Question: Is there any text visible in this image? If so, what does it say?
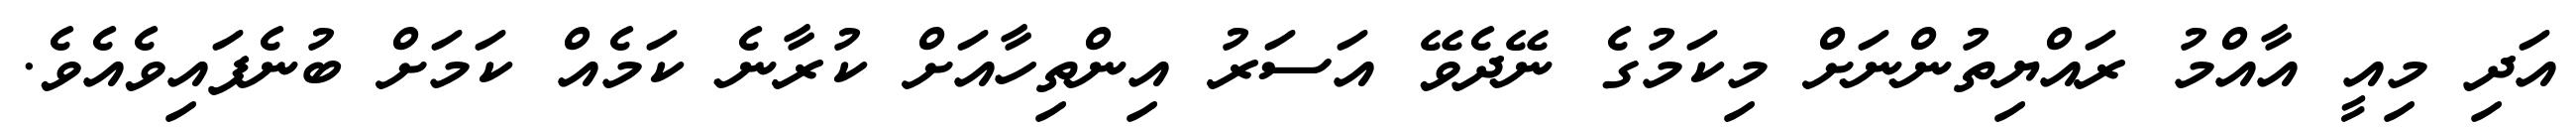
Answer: އަދި މިއީ އާއްމު ރައްޔިތުންނަށް މިކަމުގެ ނޭދެވޭ އަސަރު އިންތިހާއަށް ކުރާނެ ކަމެއް ކަމަށް ބުނެފައިވެއެވެ.